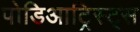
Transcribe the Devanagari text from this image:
पोडिआट्रिस्ट्स